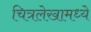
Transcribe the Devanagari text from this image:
चित्रलेखामध्ये